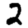
Digit: 2